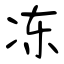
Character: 冻